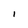
Character: I